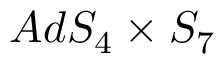
A d S _ { 4 } \times S _ { 7 }